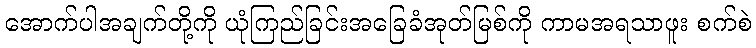
အောက်ပါအချက်တို့ကို ယုံကြည်ခြင်းအခြေခံအုတ်မြစ်ကို ကာမအရသာဖူး စက်စဲ